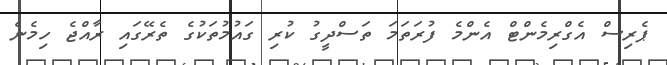
ޕެރިސް އެގްރިމެންޓް އެންމެ ފުރަތަމަ ތަސްދީގު ކުރި ގައުމުތަކުގެ ތެރޭގައި ރާއްޖެ ހިމެނެ